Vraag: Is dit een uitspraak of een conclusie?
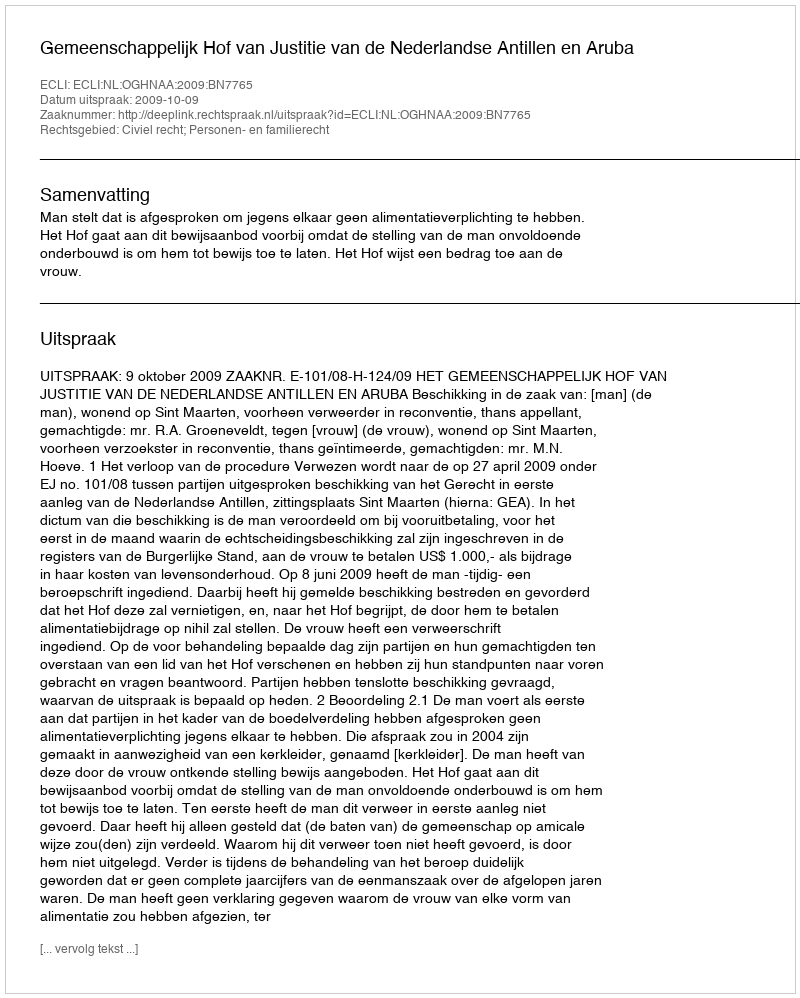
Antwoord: Uitspraak